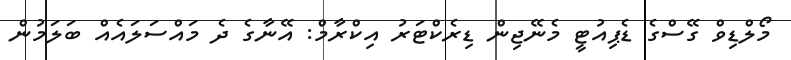
މޯލްޑިވް ގޭސްގެ ޑެޕިއުޓީ މެނޭޖިން ޑިރެކްޓަރު އިކްރާމް: އޭނާގެ ދެ މައްސަލައެއް ބަލަމުން